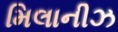
મિલાનીઝ